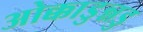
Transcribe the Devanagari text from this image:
ओक्काडुन्नडु